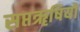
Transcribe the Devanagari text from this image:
सप्तॠषियों